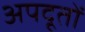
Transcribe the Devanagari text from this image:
अपदूतों